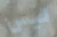
ليس